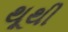
થૂથી